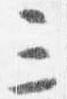
三